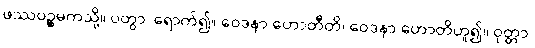
ဖဿပဉ္စမကသို့။ ပတွာ၊ ရောက်၍။ ဝေဒနာ ဟောတီတိ၊ ဝေဒနာ ဟောတိဟူ၍။ ဝုတ္တာ၊